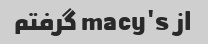
از macy's گرفتم